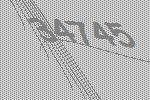
34745